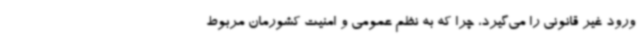
ورود غیر قانونی را می‌گیرد، چرا که به نظم عمومی و امنیت کشورمان مربوط